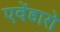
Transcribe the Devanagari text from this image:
एवेंडारो